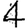
Digit: 4